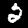
Label: 2